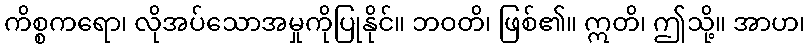
ကိစ္စကရော၊ လိုအပ်သောအမှုကိုပြုနိုင်။ ဘဝတိ၊ ဖြစ်၏။ ဣတိ၊ ဤသို့။ အာဟ၊